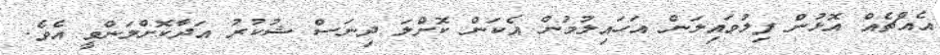
އެއްޗެއް އޮޅުން ފިލުވައިލަން އަހައިލުމުން އެކަން ކޮށްލަ ދިނަސް ޝުކުރު އަދާކޮށްލަންވީ އެވެ.